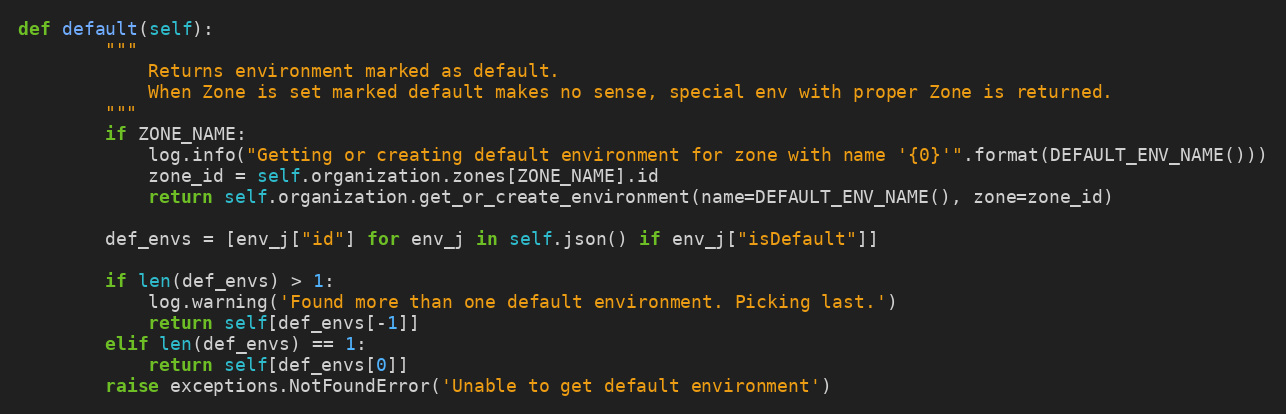
Language: Python
def default(self):
        """
            Returns environment marked as default.
            When Zone is set marked default makes no sense, special env with proper Zone is returned.
        """
        if ZONE_NAME:
            log.info("Getting or creating default environment for zone with name '{0}'".format(DEFAULT_ENV_NAME()))
            zone_id = self.organization.zones[ZONE_NAME].id
            return self.organization.get_or_create_environment(name=DEFAULT_ENV_NAME(), zone=zone_id)

        def_envs = [env_j["id"] for env_j in self.json() if env_j["isDefault"]]

        if len(def_envs) > 1:
            log.warning('Found more than one default environment. Picking last.')
            return self[def_envs[-1]]
        elif len(def_envs) == 1:
            return self[def_envs[0]]
        raise exceptions.NotFoundError('Unable to get default environment')